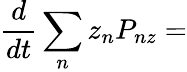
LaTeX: \frac{d}{dt}\sum_{n}z_{n}P_{nz}=